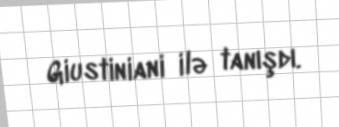
Giustiniani ilə tanışdı.